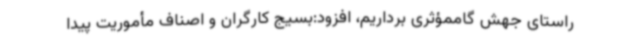
راستای جهش گاممؤثری برداریم، افزود:بسیج کارگران و اصناف مأموریت پیدا